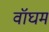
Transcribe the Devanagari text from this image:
वॉघम